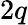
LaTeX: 2q